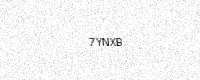
Text: 7YNXB